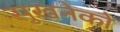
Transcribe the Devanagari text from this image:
सुखनेको